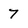
Character: 7